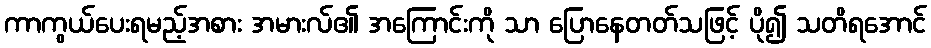
ကာကွယ်ပေးရမည့်အစား အမားလ်၏ အကြောင်းကို သာ ပြောနေတတ်သဖြင့် ပို၍ သတိရအောင်